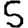
Digit: 5